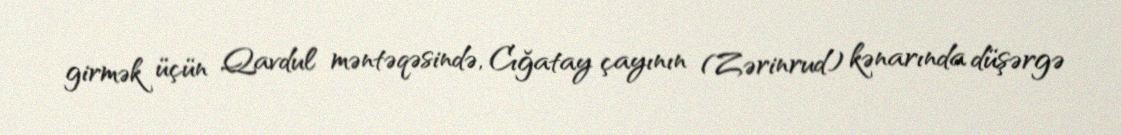
girmək üçün Qavdul məntəqəsində, Cığatay çayının (Zərinrud) kənarında düşərgə